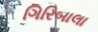
ગિરિબાલા